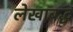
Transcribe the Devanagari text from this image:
लेखाबद्ध